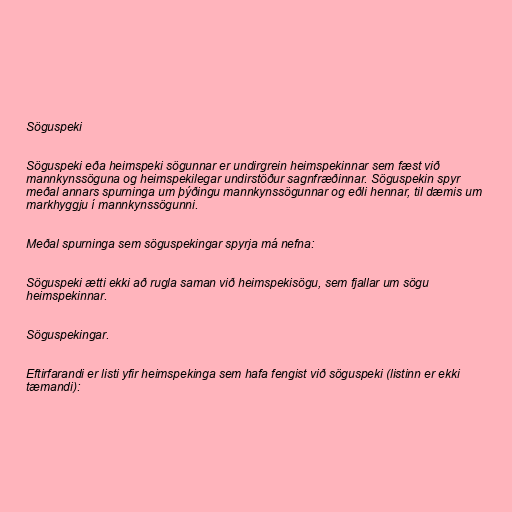
Söguspeki

Söguspeki eða heimspeki sögunnar er undirgrein heimspekinnar sem fæst við
mannkynssöguna og heimspekilegar undirstöður sagnfræðinnar. Söguspekin spyr
meðal annars spurninga um þýðingu mannkynssögunnar og eðli hennar, til dæmis um
markhyggju í mannkynssögunni.

Meðal spurninga sem söguspekingar spyrja má nefna:

Söguspeki ætti ekki að rugla saman við heimspekisögu, sem fjallar um sögu
heimspekinnar.

Söguspekingar.

Eftirfarandi er listi yfir heimspekinga sem hafa fengist við söguspeki (listinn er ekki
tæmandi):